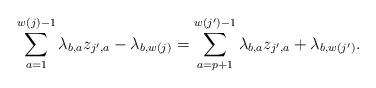
LaTeX: \begin{align*} \sum_{a=1}^{w(j)-1}\lambda_{b,a}z_{j^\prime,a} - \lambda_{b,w(j)} = \sum_{a=p+1}^{w(j^\prime)-1}\lambda_{b,a}z_{j^\prime,a} + \lambda_{b,w(j^\prime)}.\end{align*}